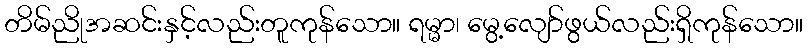
တိမ်ညိုအဆင်းနှင့်လည်းတူကုန်သော။ ရမ္မာ၊ မွေ့လျော်ဖွယ်လည်းရှိကုန်သော။